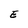
Character: E